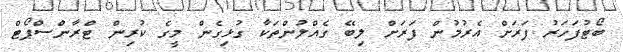
ބޯޓުފަހަރު ފަރަށް އެރުމުން ފަރަށް ލިބޭ ގެއްލުންތަކާ ގުޅިގެން މީގެ ކުރިން ޓްރާންސްޕޯޓް